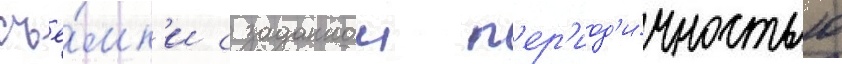
съё́мк'и с заданнои п'ер'иод'и́чностью